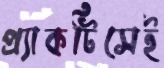
প্র্যাকটিসেই